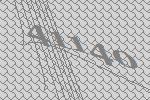
41140